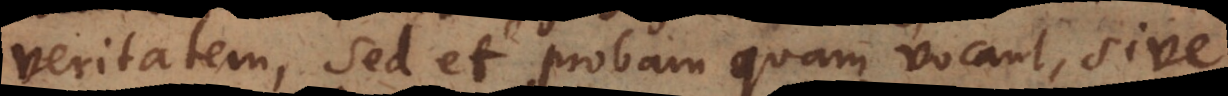
veritatem, sed et probam quam vocant, sive